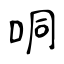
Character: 哃